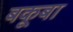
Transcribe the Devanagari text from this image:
बकूबा